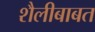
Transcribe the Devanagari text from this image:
शैलीबाबत